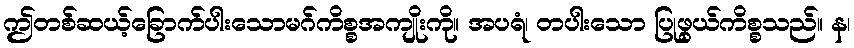
ဤတစ်ဆယ့်ခြောက်ပါးသောမဂ်ကိစ္စအကျိုးကို။ အပရံ၊ တပါးသော ပြုဖွယ်ကိစ္စသည်။ န၊